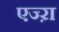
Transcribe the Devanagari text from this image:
एज्ऱा